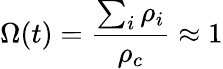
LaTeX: \Omega(t)=\frac{\sum_{i}\rho_{i}}{\rho_{c}}\approx 1